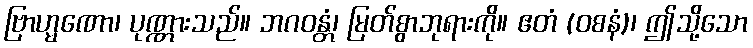
ဗြာဟ္မဏော၊ ပုဏ္ဏားသည်။ ဘဂဝန္တံ၊ မြတ်စွာဘုရားကို။ ဧတံ (ဝစနံ)၊ ဤသို့သော